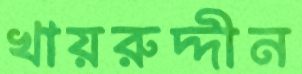
খায়রুদ্দীন